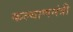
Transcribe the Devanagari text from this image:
कल्याणमंत्री